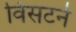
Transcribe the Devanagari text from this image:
विसटर्न